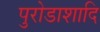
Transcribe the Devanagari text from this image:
पुरोडाशादि